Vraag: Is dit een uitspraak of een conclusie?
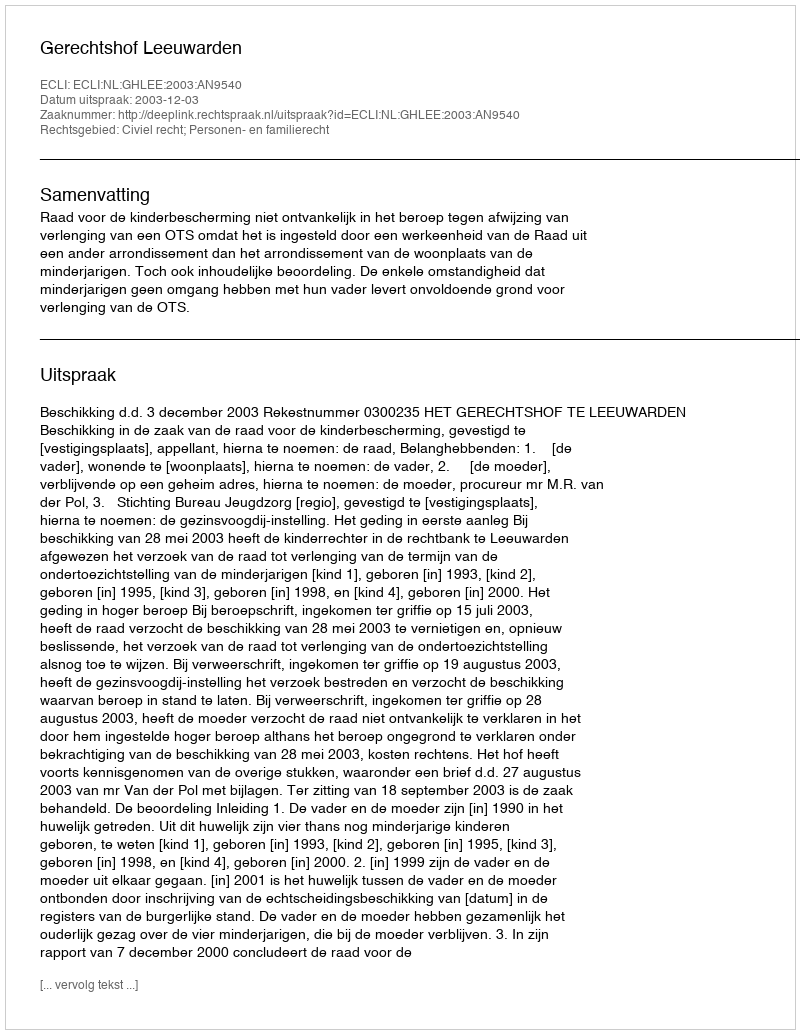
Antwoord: Uitspraak